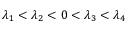
\lambda _ { 1 } < \lambda _ { 2 } < 0 < \lambda _ { 3 } < \lambda _ { 4 }